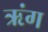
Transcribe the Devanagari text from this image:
ऋंग